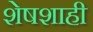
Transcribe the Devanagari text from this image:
शेषशाही